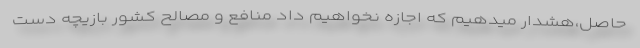
حاصل،هشدار میدهیم که اجازه نخواهیم داد منافع و مصالح کشور بازیچه دست